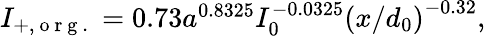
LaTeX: \begin{array}{r}{I_{+,\mathrm{~o~r~g~.~}}=0.73a^{0.8325}I_{0}^{-0.0325}\left({x}/d_{0}\right)^{-0.32},}\end{array}